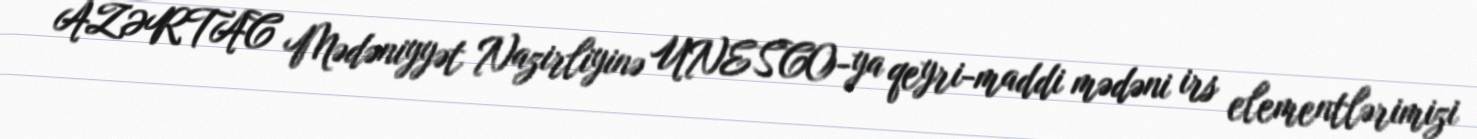
AZƏRTAC Mədəniyyət Nazirliyinə UNESCO-ya qeyri-maddi mədəni irs elementlərimizi